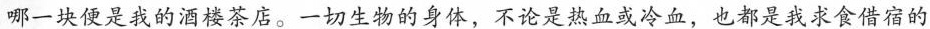
哪一块便是我的酒楼茶店。一切生物的身体，不论是热血或冷血，也都是我求食借宿的